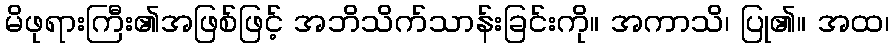
မိဖုရားကြီး၏အဖြစ်ဖြင့် အဘိသိက်သာန်းခြင်းကို။ အကာသိ၊ ပြု၏။ အထ၊